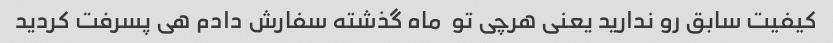
کیفیت سابق رو ندارید یعنی هرچی تو  ماه گذشته سفارش دادم هی پسرفت کردید